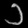
Digit: ၁